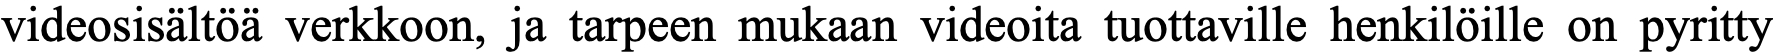
videosisältöä verkkoon, ja tarpeen mukaan videoita tuottaville henkilöille on pyritty